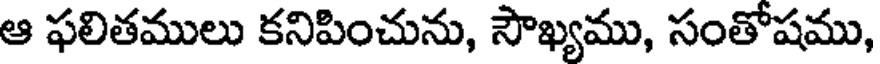
ఆ ఫలితములు కనిపించును, సౌఖ్యము, సంతోషము,